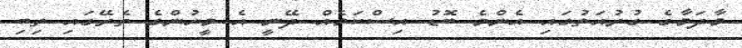
މާދަމާގެ ގުރުއަތުގައި އެންމެ ބޮޑު އިސްކަމެއް ދޭނީ އެ މީހުންގެ ތެރޭގައި ތިބި